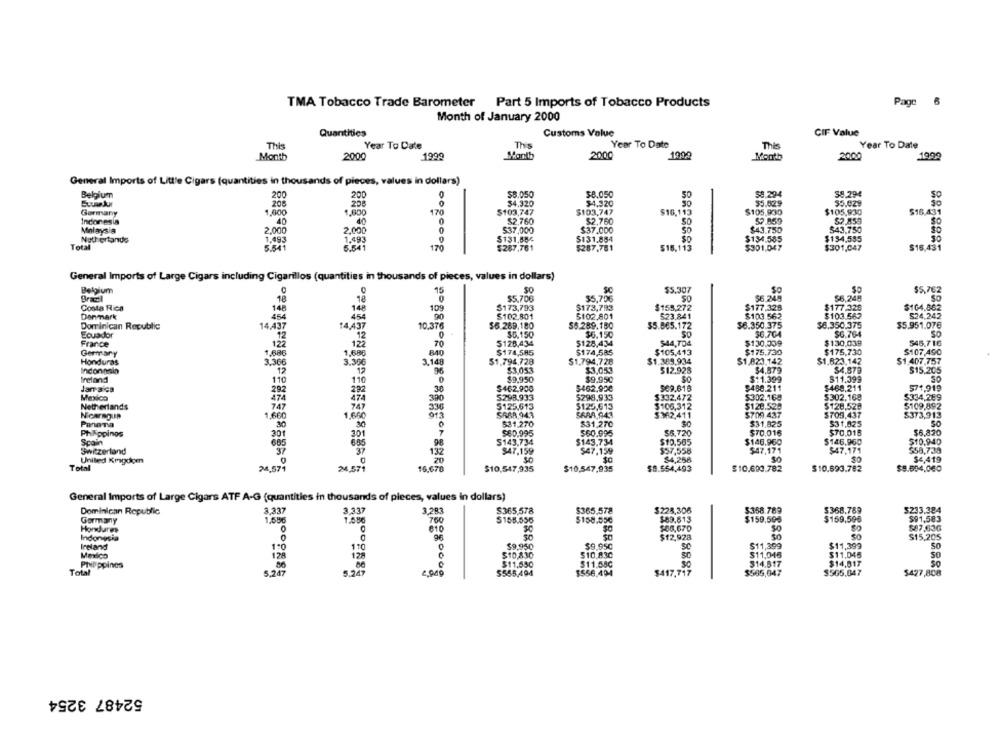
TMA Tobacco Trade Barometer
Part 5 Imports of Tobacco Products
Page
6
Month of January 2000
Quantities
Customs Value
CIF Value
This
Year To Date
This
Year To Date
This
Year To Date
Month
2000
1999
Month
2000
1990
Month
2000
1994
General Imports of Little Cigars (quantities in thousands of pieces, values in dollars)
Belgium
$8.050
$8.050
58.294
39.294
200
200
50
206
208
$4,320
$4,920
30
35.029
$5.029
Germany
1.600
1.800
170
$103,747
$103,747
$16,113
$105,930
$105,930
$16,431
Indonesia
40
0
$2,760
$2,760
57.859
$2,850
Malaysia
2.000
2.000
537,000
$37.000
$43.750
$43,750
1,493
1.493
$131,88€
$131.854
$134.585
$134,555
Netherlands
Total
5.541
5.541
170
$287,761
$287,781
$15,113
$301.047
$301,047
$16,431
General Imports of Large Cigars including Cigarillos (quantities in thousands of pieces, values in dollars)
Belgium
15
$5.307
SO
$5,762
Braccil
18
$5.706
SO
$6.245
$6,245
18
$5,796
Costa Rica
148
109
$173,793
$173,793
$155,272
$177.328
$177.328
$104.862
Danmark
454
454
90
$102.801
5102.801
523.841
$103.562
$103.562
524.242
Dominican Republic
14,437
14,437
10.376
$6.289,180
56.289.180
$5.865.172
$6.350.375
$6.350.375
$5.951.076
Ecuador
12
$5.150
$6.150
$6.704
SG.764
SO
France
12
5128,434
5128,434
$44,704
$130.009
$130,039
545,716
122
Germary
1,686
1,680
84
$174,585
$174,585
$105,413
$175.730
$175,730
$107,490
Honduras
3,366
3.30€
3.148
$1,794,728
$1,794,728
$1.389,934
$1.823.142
$1,823.142
$1.407.757
Indonpain
12
$3,053
$3.053
512,928
$4,879
$4.879
$15,205
Ireland
11
$9,950
$9.950
$11.399
511,399
110
571,919
Jarra Ca
30
$462,908
5462,900
$69.816
$458.211
$469.211
Mexico
174
S298.933
5296.933
$332.472
$302.168
$302.168
$334.289
Netherlands
747
336
$125.613
$125,613
$106,312
$128.529
$128,528
$109.892
1.660
1,660
913
SABR,943
SRAA.943
$362,411
$709.437
$709.437
$373,913
PanaTa
531.270
$31.270
$31.825
$31,825
SO
$60.995
$70.016
$70.018
Phkppings
201
301
560.995
$5.720
$6,820
Spain
$143,734
$143.734
$10,505
$146.960
$146.960
$10.940
Switzerland
37
$47,159
$47.159
$57,558
$47,171
$47,171
$58,739
United Kragdom
0
$0
$4,258
$4,419
Total
24,577
24,871
16.670
20
$10,547,935
$8.554.493
$9.694,000
$10,547,935
$10.693.782
$10.693.782
General Imports of Large Cigars ATF A-G (quantities in thousands of pieces, values in dollars)
Dominican Republic
3.337
$365,578
$365.578
$228,306
5358.789
$368.789
$233.384
Germany
$155.556
$158.55€
$89.613
$159,506
$159,596
$91,583
$60,670
SO
$87,636
Honduras
0
30
Indonesia
96
$12,928
$15,205
Ireland
1.0
170
$9,950
$9.950
BRS
SC
$11,399
$11,399
SO
Mexico
$10,830
$10.83C
$11,046
$11,045
SO
PluPppines
$11,550
$11.580
$14.517
$14,817
SO
Total
5.247
$417.717
$555,494
$556.494
$565,647
$505.047
$427,808
52487 3254